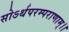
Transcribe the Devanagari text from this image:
सोऽर्थपरम्पराणाम्।।